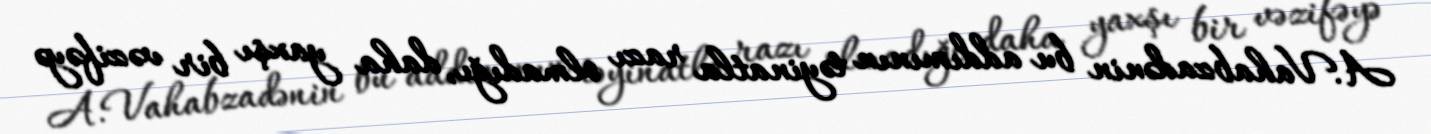
A.Vahabzadənin bu addımının təyinatla razı olmadığı, daha yaxşı bir vəzifəyə